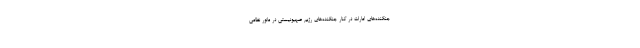
جنگنده‌های امارات در کنار جنگنده‌های رژیم صهیونیستی در مانور نظامی